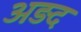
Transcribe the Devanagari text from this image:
अड़द